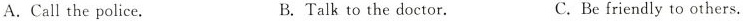
A.Call the police. B.Talk to the doctor. C.Be friendly to others.